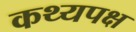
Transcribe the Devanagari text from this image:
कथ्यपक्ष